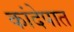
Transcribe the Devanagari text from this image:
कांदेपात